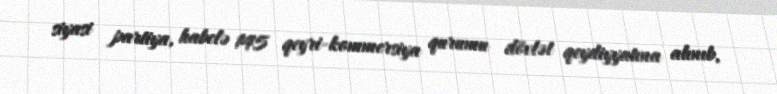
siyasi partiya, habelə 145 qeyri-kommersiya qurumu dövlət qeydiyyatına alınıb,